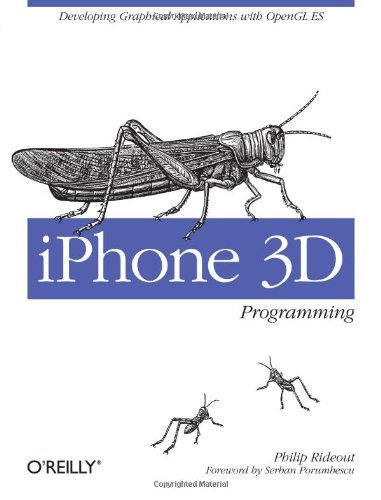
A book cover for iPhone 3D Programming: Developing Graphical Applications with OpenGL ES; Philip Rideout; Computers & Technology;